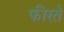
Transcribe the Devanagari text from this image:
फीरते